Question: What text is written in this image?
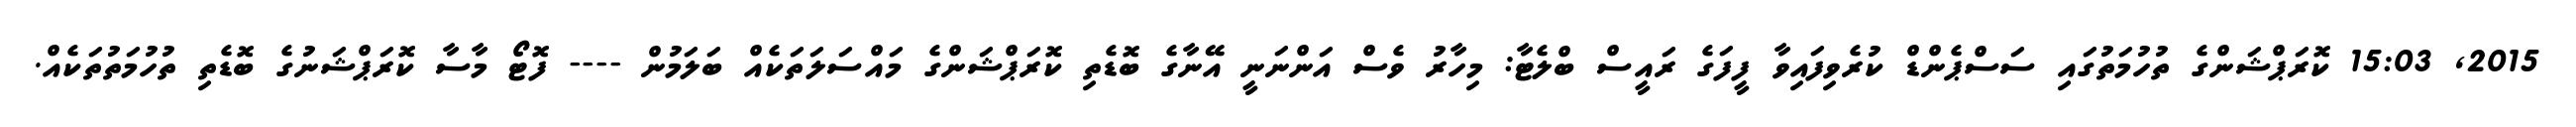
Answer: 2015, 15:03 ކޮރަޕްޝަންގެ ތުހުމަތުގައި ސަސްޕެންޑް ކުރެވިފައިވާ ފީފަގެ ރައީސް ބްލެޓާ: މިހާރު ވެސް އަންނަނީ އޭނާގެ ބޮޑެތި ކޮރަޕްޝަންގެ މައްސަލަތަކެއް ބަލަމުން ---- ފޮޓޯ މާސާ ކޮރަޕްޝަނުގެ ބޮޑެތި ތުހުމަތުތަކެއް.